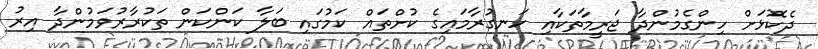
ދެކޮޅަށް ހިންގެމުންދާ ޖަރީމާތަކާއި ހަނގުރާމައިގެ ކުށްތައް ކަމުގައި ބަލާ ކަންކަން ތަކުރާރުވަމުންދާ އިރު